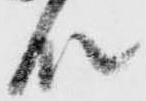
殿